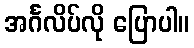
အင်္ဂလိပ်လို ပြောပါ။